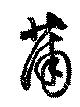
蒲